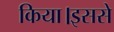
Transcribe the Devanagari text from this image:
किया।इससे